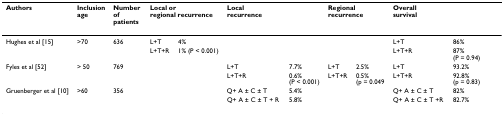
<table><thead><tr><td><b>Authors</b></td><td><b>Inclusion age</b></td><td><b>Number of patients</b></td><td colspan="2"><b>Local or regional recurrence</b></td><td colspan="2"><b>Local recurrence</b></td><td colspan="2"><b>Regional recurrence</b></td><td colspan="2"><b>Overall survival</b></td></tr></thead><tbody><tr><td>Hughes et al [15]</td><td>&gt;70</td><td>636</td><td>L+T</td><td>4%</td><td></td><td></td><td></td><td></td><td>L+T</td><td>86%</td></tr><tr><td></td><td></td><td></td><td>L+T+R</td><td>1% (P &lt; 0.001)</td><td></td><td></td><td></td><td></td><td>L+T+R</td><td>87% (P = 0.94)</td></tr><tr><td>Fyles et al [52]</td><td>&gt; 50</td><td>769</td><td></td><td></td><td>L+T</td><td>7.7%</td><td>L+T</td><td>2.5%</td><td>L+T</td><td>93.2%</td></tr><tr><td></td><td></td><td></td><td></td><td></td><td>L+T+R</td><td>0.6% (P &lt; 0.001)</td><td>L+T+R</td><td>0.5% (p = 0.049</td><td>L+T+R</td><td>92.8% (p = 0.83)</td></tr><tr><td>Gruenberger et al [10]</td><td>&gt;60</td><td>356</td><td></td><td></td><td>Q+ A ± C ± T</td><td>5.4%</td><td></td><td></td><td>Q+ A ± C ± T</td><td>82%</td></tr><tr><td></td><td></td><td></td><td></td><td></td><td>Q+ A ± C ± T + R</td><td>5.8%</td><td></td><td></td><td>Q+ A ± C ± T +R</td><td>82.7%</td></tr></tbody></table>